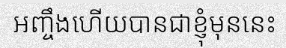
អញ្ចឹងហើយបានជាខ្ញុំមុននេះ